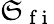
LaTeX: \mathfrak{S}_{\mathrm{{~f~i~}}}